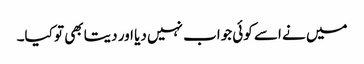
میں نے اسے کوئی جواب نہیں دیا اور دیتا بھی تو کیا۔